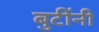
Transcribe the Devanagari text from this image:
बुटींनी